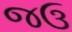
જઉ